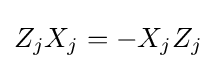
Z_{j}X_{j}=-X_{j}Z_{j}